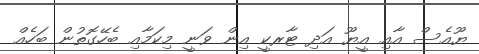
ޔޫއެސް އާއި އީޔޫ އަދި ޓާރކީ އިން ވަނީ މިކަމާއި ބެހޭގޮތުން ބަހެއް